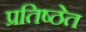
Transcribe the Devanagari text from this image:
प्रतिष्ठेत